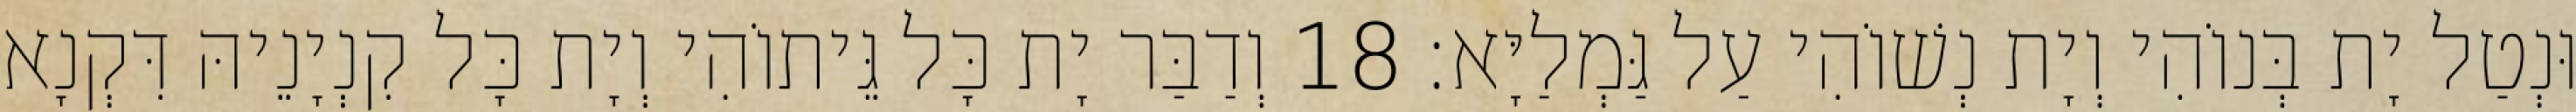
וּנְטַל יָת בְּנוֹהִי וְיָת נְשׁוֹהִי עַל גַּמְלַיָּא׃ 18 וְדַבַּר יָת כָּל גֵּיתוֹהִי וְיָת כָּל קִנְיָנֵיהּ דִּקְנָא